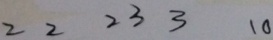
2 2 2 3 3 1 0